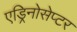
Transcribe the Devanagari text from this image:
एड्रिनोसेप्टर